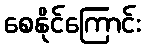
စေနိုင်ကြောင်း